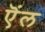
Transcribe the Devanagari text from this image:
ऎंल